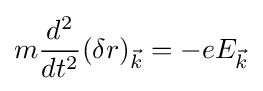
m{\frac {d^{2}}{dt^{2}}}(\delta r)_{\vec {k}}=-eE_{\vec {k}}